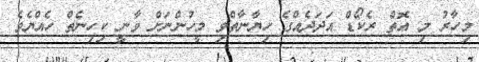
މިހާރު މި އޮތް ރެކޯޑް އަދަދެއްގެ ހިޔާނާތްވި މީހުންނަށް ވާނީ ކިހިނެތް ހެއްޔެވެ